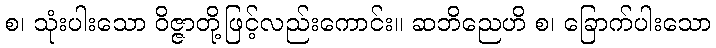
စ၊ သုံးပါးသော ဝိဇ္ဇာတို့ဖြင့်လည်းကောင်း။ ဆဘိညေဟိ စ၊ ခြောက်ပါးသော